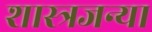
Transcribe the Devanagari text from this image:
शास्त्रजन्या